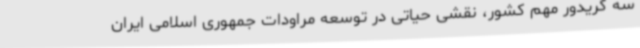
سه کریدور مهم کشور، نقشی حیاتی در توسعه مراودات جمهوری اسلامی ایران